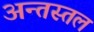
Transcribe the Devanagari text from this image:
अन्तस्तल